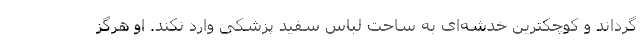
گرداند و کوچکترین خدشه‌‌ای به ساحت لباس سفید پزشکی وارد نکند. او هرگز